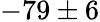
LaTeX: -79\pm 6